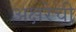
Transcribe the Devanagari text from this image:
अक्षरेची